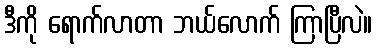
ဒီကို ရောက်လာတာ ဘယ်လောက် ကြာပြီလဲ။